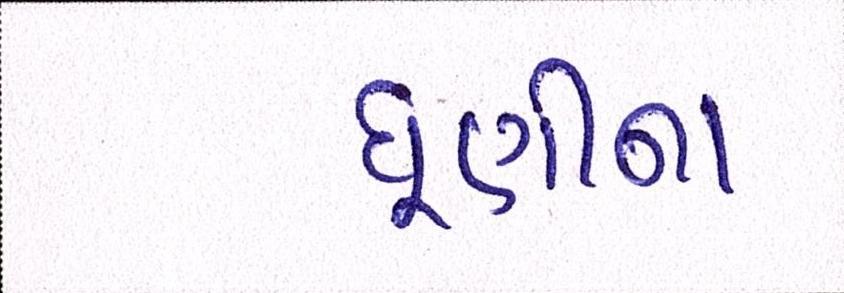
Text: ધૂણીના